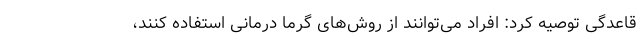
قاعدگی توصیه کرد: افراد می‌توانند از روش‌های گرما درمانی استفاده کنند،